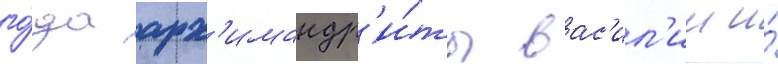
го́да арх'имандр'и́ты вас'ил'ии и́